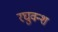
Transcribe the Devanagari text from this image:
रघुवन्श